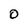
Character: O